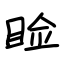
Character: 睑